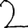
Digit: 2